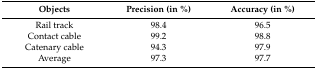
<table><thead><tr><td><b>Objects</b></td><td><b>Precision (in %)</b></td><td><b>Accuracy (in %)</b></td></tr></thead><tbody><tr><td>Rail track</td><td>98.4</td><td>96.5</td></tr><tr><td>Contact cable</td><td>99.2</td><td>98.8</td></tr><tr><td>Catenary cable</td><td>94.3</td><td>97.9</td></tr><tr><td>Average</td><td>97.3</td><td>97.7</td></tr></tbody></table>